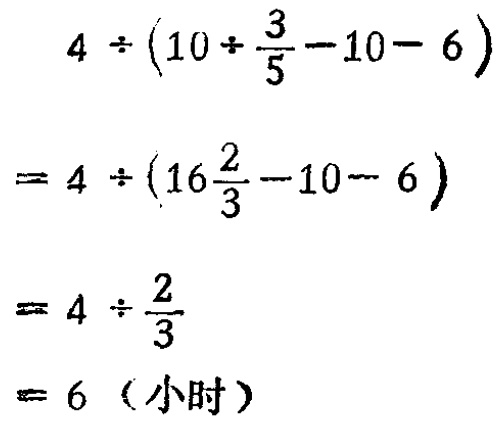
\[

\begin{align*}

&4\div(10\div\frac{3}{5}-10 - 6)\\

=&4\div(16\frac{2}{3}-10 - 6)\\

=&4\div\frac{2}{3}\\

=&6（小时）

\end{align*}

\]